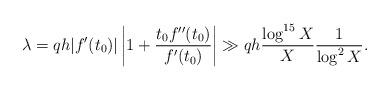
LaTeX: \begin{align*}\lambda = qh |f'(t_0)| \left| 1 + \frac{t_0 f''(t_0)}{f'(t_0)}\right| \gg qh \frac{\log^{15} X}{X} \frac{1}{\log^2 X}.\end{align*}